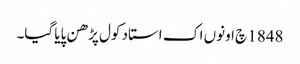
1848 چ اونوں اک استاد کول پڑھن پایا گیا۔